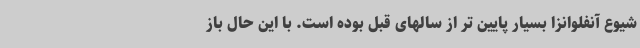
شیوع آنفلوانزا بسیار پایین تر از سالهای قبل بوده است. با این حال باز